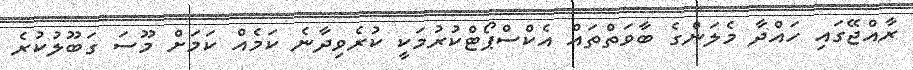
ރާއްޖޭގައި ހައްދާ މެލަންގެ ބާވަތްތައް އެކްސްޕޯޓްކުރުމަކީ ކުރެވިދާނެ ކަމެއް ކަމަށް މޫސަ ގަބޫލުކުރެ